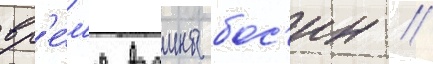
вр'е́м'я воины бос'ин //